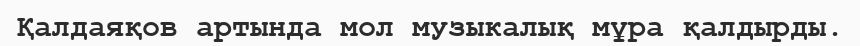
Қалдаяқов артында мол музыкалық мұра қалдырды.